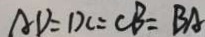
A D = D C = C B = B A